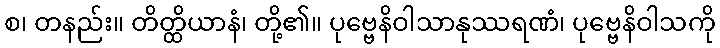
စ၊ တနည်း။ တိတ္ထိယာနံ၊ တို့၏။ ပုဗ္ဗေနိဝါသာနုဿရဏံ၊ ပုဗ္ဗေနိဝါသကို